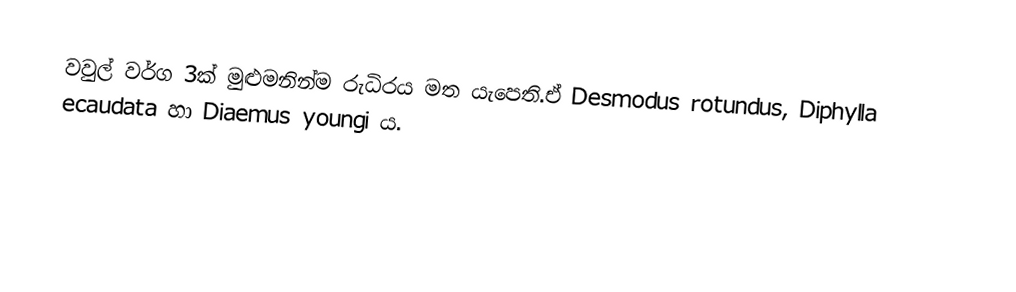
වවුල් වර්ග 3ක් මුළුමනින්ම රුධිරය මත යැපෙති.ඒ Desmodus rotundus, Diphylla ecaudata හා Diaemus youngi ය.